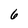
Character: 6